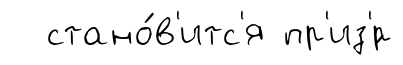
стано́в'итс'я пр'из'́р